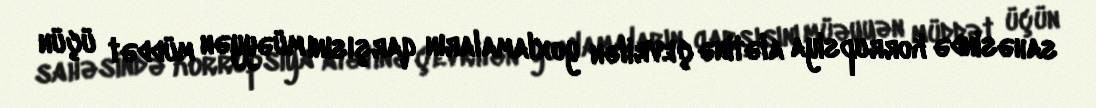
sahəsində korrupsiya alətinə çevrilən yoxlamaların qarşısını müəyyən müddət üçün